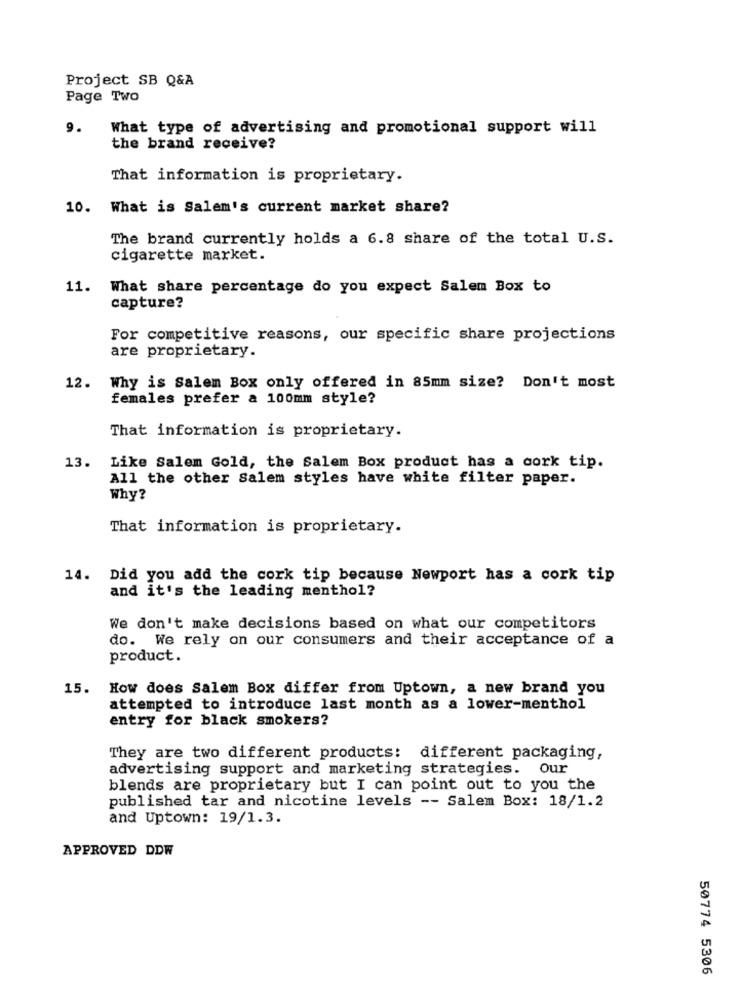
Project SB Q&A
Page Two
9.
What type of advertising and promotional support will
the brand receive?
That information is proprietary.
10. What is Salem's current market share?
The brand currently holds a 6.8 share of the total U.S.
cigarette market.
11.
What share percentage do you expect Salem Box to
capture?
For competitive reasons, our specific share projections
are proprietary.
12. Why is Salem Box only offered in 85mm size? Don't most
females prefer a 100mm style?
That information is proprietary.
13.
Like Salem Gold, the Salem Box product has a cork tip.
All the other Salem styles have white filter paper.
Why?
That information is proprietary.
14. Did you add the cork tip because Newport has a cork tip
and it's the leading menthol?
We don't make decisions based on what our competitors
do. We rely on our consumers and their acceptance of a
product.
15. How does Salem Box differ from Uptown, a new brand you
attempted to introduce last month as a lower-menthol
entry for black smokers?
They are two different products: different packaging,
advertising support and marketing strategies. Our
blends are proprietary but I can point out to you the
published tar and nicotine levels -- Salem Box: 18/1.2
and Uptown: 19/1.3.
APPROVED DDW
50774 5306